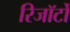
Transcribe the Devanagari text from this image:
रिजॉर्टों